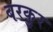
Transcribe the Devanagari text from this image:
बरकुर